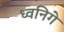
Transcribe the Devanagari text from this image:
ध्वनिगे